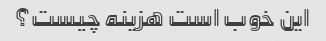
این خوب است هزینه چیست؟